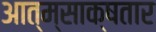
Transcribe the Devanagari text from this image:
आत्म्साक्षतार